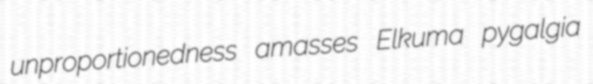
unproportionedness amasses Elkuma pygalgia